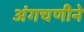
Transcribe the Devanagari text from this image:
अंगचणीने